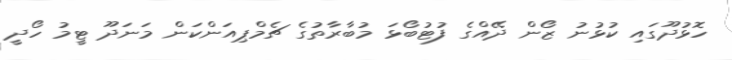
ހޮޅުދޫގައި ކުޅުނު ޒޯން ދޭއްގެ ފުޓުބޯޅަ މުބާރާތުގެ ޗެމްޕިއަންކަން މަނަދޫ ޓީމު ހޯދީ